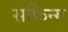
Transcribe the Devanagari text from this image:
सर्फ़िन्ग